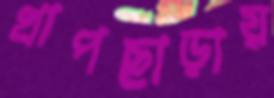
খাপছাড়ায়